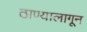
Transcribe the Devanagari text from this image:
ठाण्यालागून